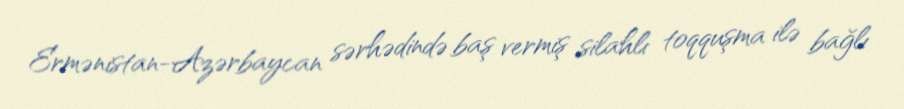
Ermənistan-Azərbaycan sərhədində baş vermiş silahlı toqquşma ilə bağlı